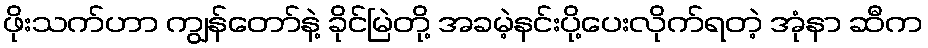
ဖိုးသက်ဟာ ကျွန်တော်နဲ့ ခိုင်မြဲတို့ အခမဲ့နင်းပို့ပေးလိုက်ရတဲ့ အုံနာ ဆီက